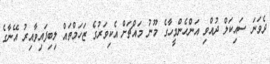
ދެވަނަ ސައިކަލް ދުއްވި އަންހެންމީހާގެ މޫނު މައްޗަށް އެކިވަރުގެ ޒަހަމްތައް ލިބިފައިވާއިރު އޭނާގެ